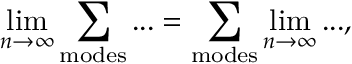
\operatorname * { l i m } _ { n \rightarrow \infty } \sum _ { \mathrm { m o d e s } } . . . = \sum _ { \mathrm { m o d e s } } \operatorname * { l i m } _ { n \rightarrow \infty } . . . ,